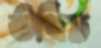
উত্থিত